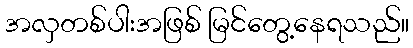
အလှတစ်ပါးအဖြစ် မြင်တွေ့နေရသည်။